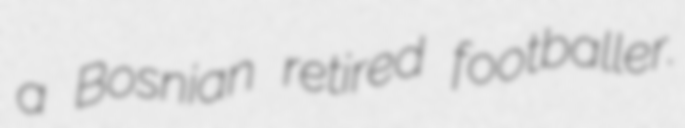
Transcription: a Bosnian retired footballer.